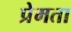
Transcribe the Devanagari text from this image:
प्रेमता